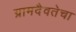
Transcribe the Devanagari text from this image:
ग्रामदैवतेचा